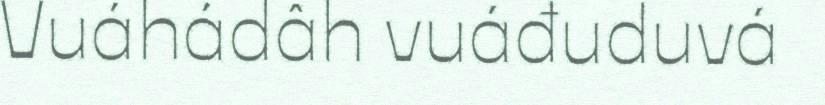
Vuáhádâh vuáđuduvá